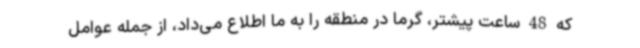
که 48 ساعت پیشتر، گرما در منطقه را ‌به ما اطلاع می‌داد، از جمله عوامل